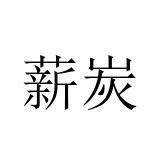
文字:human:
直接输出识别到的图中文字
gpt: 薪炭